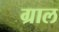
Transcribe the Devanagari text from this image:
ग्राल